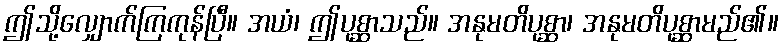
ဤသို့လျှောက်ကြကုန်ပြီ။ အယံ၊ ဤပုစ္ဆာသည်။ အနုမတိပုစ္ဆာ၊ အနုမတိပုစ္ဆာမည်၏။